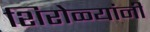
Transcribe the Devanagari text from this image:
शिरोळ्यांनी